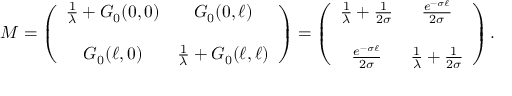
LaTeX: { \cal M } = \left( \begin{array} { c c } { { \frac { 1 } { \lambda } + { \cal G } _ { 0 } ( 0 , 0 ) } } & { { { \cal G } _ { 0 } ( 0 , \ell ) } } \\ { { } } & { { } } \\ { { { \cal G } _ { 0 } ( \ell , 0 ) } } & { { \frac { 1 } { \lambda } + { \cal G } _ { 0 } ( \ell , \ell ) } } \end{array} \right) = \left( \begin{array} { c c } { { \frac { 1 } { \lambda } + \frac { 1 } { 2 \sigma } } } & { { \frac { e ^ { - \sigma \ell } } { 2 \sigma } } } \\ { { } } & { { } } \\ { { \frac { e ^ { - \sigma \ell } } { 2 \sigma } } } & { { \frac { 1 } { \lambda } + \frac { 1 } { 2 \sigma } } } \end{array} \right) .